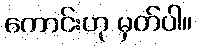
ကောင်းဟု မှတ်ပါ။